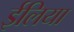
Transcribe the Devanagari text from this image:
ईलिया